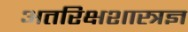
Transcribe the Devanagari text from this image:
अतरिक्षशास्त्रज्ञ